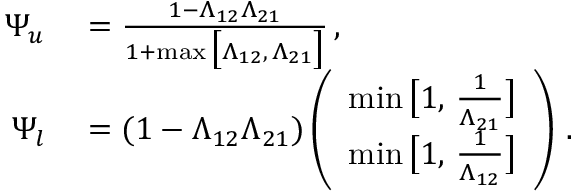
\begin{array} { r l } { \Psi _ { u } } & { { } = \frac { 1 - \Lambda _ { 1 2 } \Lambda _ { 2 1 } } { 1 + \operatorname* { m a x } \big [ \Lambda _ { 1 2 } , \, \Lambda _ { 2 1 } \big ] } \, , } \\ { \Psi _ { l } } & { { } = ( 1 - \Lambda _ { 1 2 } \Lambda _ { 2 1 } ) \left( \begin{array} { l } { \operatorname* { m i n } \big [ 1 , \, \frac { 1 } { \Lambda _ { 2 1 } } \big ] } \\ { \operatorname* { m i n } \big [ 1 , \, \frac { 1 } { \Lambda _ { 1 2 } } \big ] } \end{array} \right) \, . } \end{array}